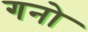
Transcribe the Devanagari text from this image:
गनो